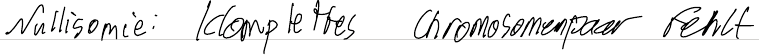
Nullisomie: komplettes Chromosomenpaar fehlt